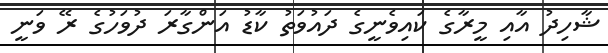
ޝާހިދު އާއި މީރާގެ ކައިވެނީގެ ދައުވަތު ކާޑު އަންގާރަ ދުވަހުގެ ރޭ ވަނީ